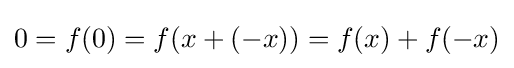
0=f(0)=f(x+(-x))=f(x)+f(-x)